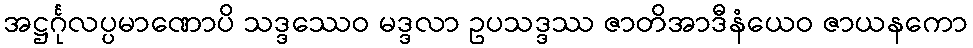
အဋ္ဌင်္ဂုလပ္ပမာဏောပိ သဒ္ဒဿေဝ မဒ္ဒလာ ဥပသဒ္ဒဿ ဇာတိအာဒီနံယေဝ ဇာယနကော